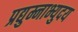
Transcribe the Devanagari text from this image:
प्रद्युम्नाभ्युदय